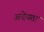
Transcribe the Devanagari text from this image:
अदेयता